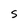
Character: S